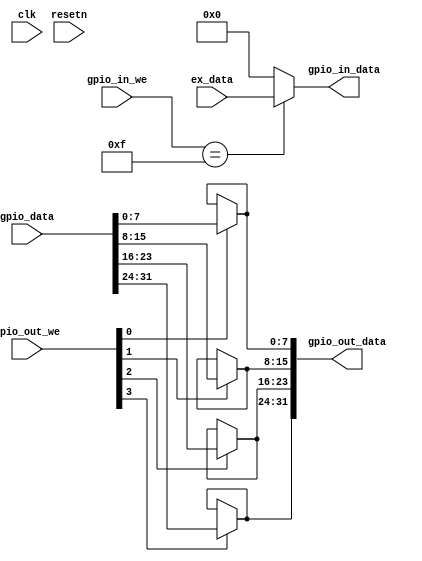
module gpio (
	input clk,
	input resetn,

	input  [31:0] gpio_data,
	input   [3:0] gpio_out_we,
	output [31:0] gpio_out_data,

	input   [3:0] gpio_in_we,
    input  [31:0] ex_data,
	output [31:0] gpio_in_data
);
//	reg [31:0] data;
//	assign gpio_out_data = data;
//
//	always @(posedge clk) begin
//		if (!resetn) begin
//			data <= 0;
//		end else begin
//			if (gpio_out_we[0]) data[ 7: 0] <= gpio_data[ 7: 0];
//			if (gpio_out_we[1]) data[15: 8] <= gpio_data[15: 8];
//			if (gpio_out_we[2]) data[23:16] <= gpio_data[23:16];
//			if (gpio_out_we[3]) data[31:24] <= gpio_data[31:24];
//		end
//	end

   assign gpio_out_data[ 7: 0] = (gpio_out_we[0]) ? gpio_data[ 7: 0] : gpio_out_data[ 7: 0];
   assign gpio_out_data[15: 8] = (gpio_out_we[1]) ? gpio_data[15: 8] : gpio_out_data[15: 8];
   assign gpio_out_data[23:16] = (gpio_out_we[2]) ? gpio_data[23:16] : gpio_out_data[23:16];
   assign gpio_out_data[31:24] = (gpio_out_we[3]) ? gpio_data[31:24] : gpio_out_data[31:24];

   assign gpio_in_data = (gpio_in_we == 4'b 1111) ? ex_data : 0;

endmodule